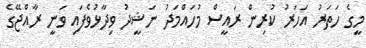
މީގެ ހަތަރު އަހަރު ކުރިން ރައީސް މުހައްމަދު ނަޝީދު ވިދާޅުވެފައި ވަނީ ރާއްޖޭގެ